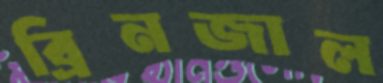
ব্রিনজাল